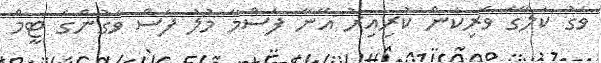
ވަގު ކަލޭގެ ވެރިކަން ކުރިއިރު އޭނާ ފަސްމާ މުލު ފަސް ވަގުންގެ ޓީމް